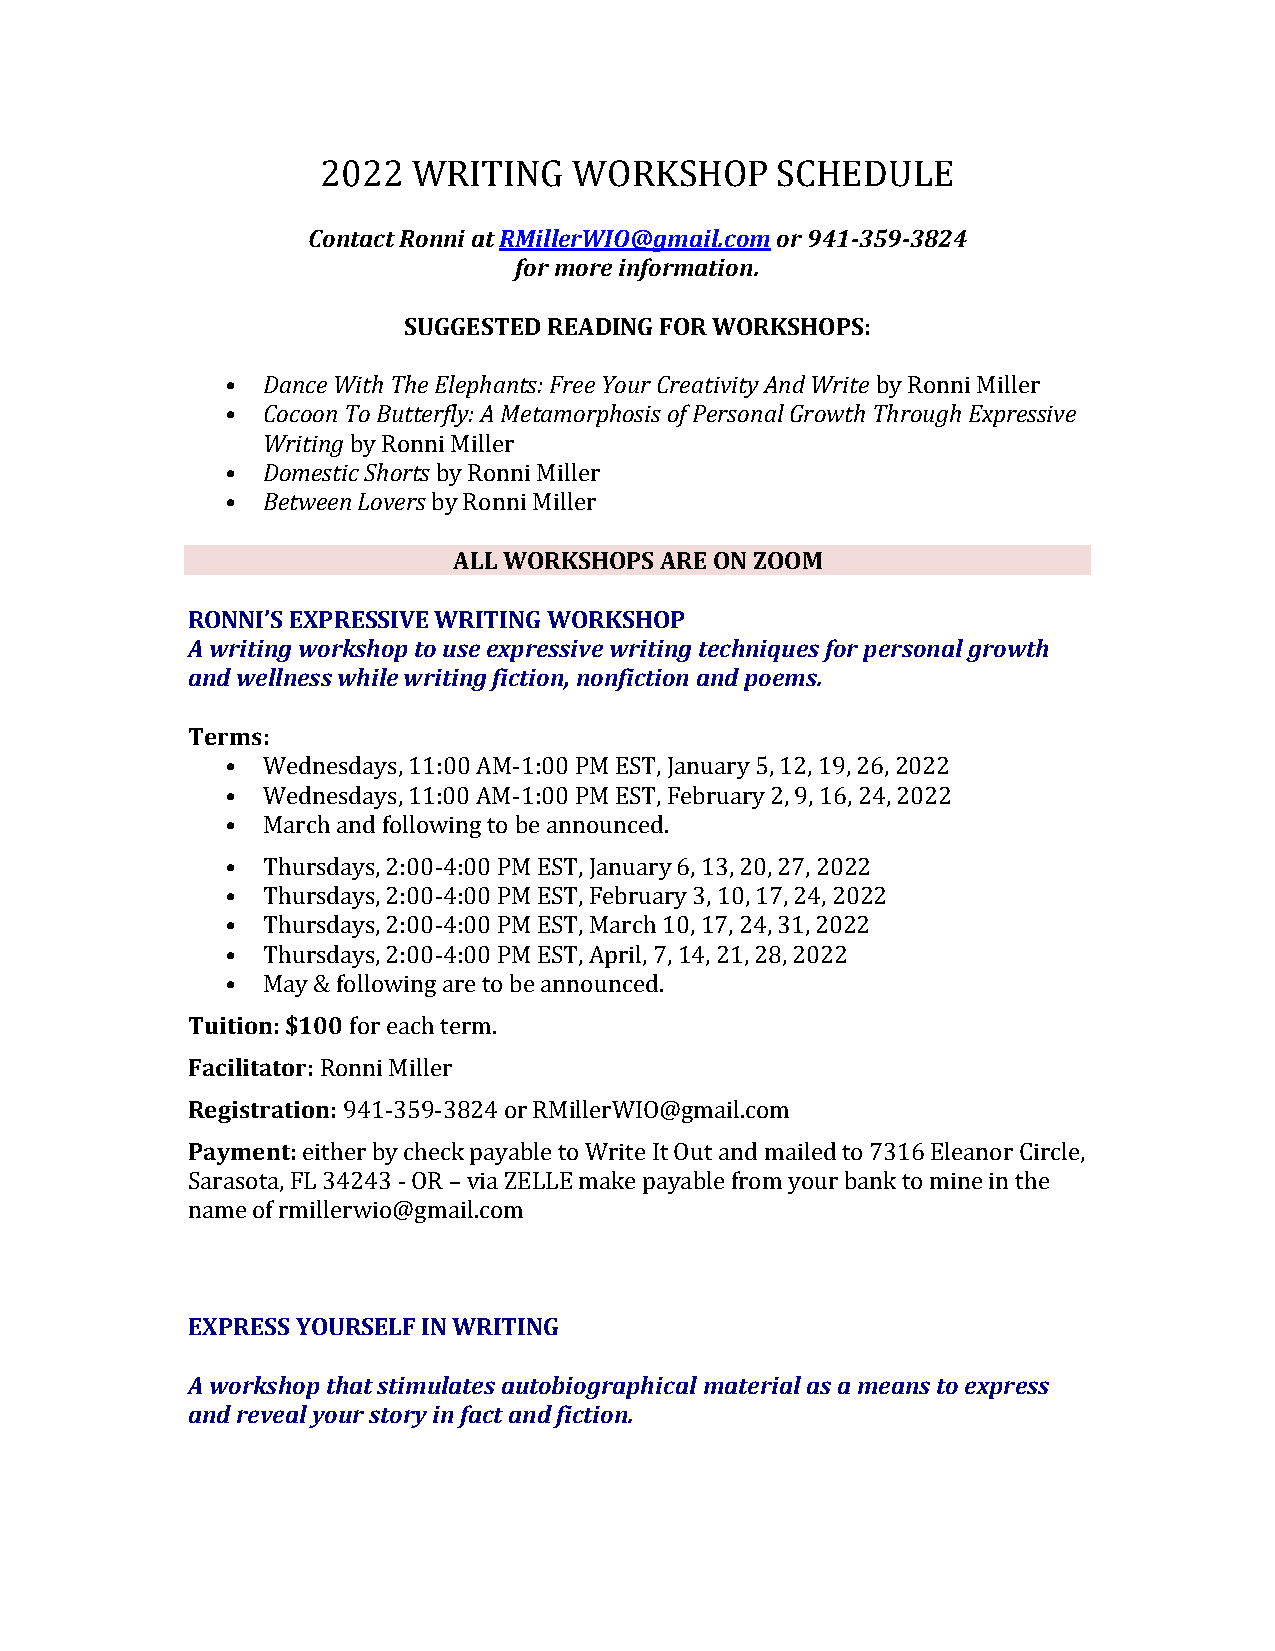
2022  WRITING    WORKSHOP     SCHEDULE
 Contact Ronni at RMillerWIO@gmail.com or 941-359-3824
 for more information.
 SUGGESTED READING FOR WORKSHOPS:
 • Dance With The Elephants: Free Your Creativity And Write by Ronni Miller
 • Cocoon To Butterfly: A Metamorphosis of Personal Growth Through Expressive
 Writing by Ronni Miller
 • Domestic Shorts by Ronni Miller
 • Between Lovers by Ronni Miller
 ALL WORKSHOPS ARE ON ZOOM
 RONNI’S EXPRESSIVE WRITING WORKSHOP
 A writing workshop to use expressive writing techniques for personal growth
 and wellness while writing fiction, nonfiction and poems.
 Terms:
 • Wednesdays, 11:00 AM-1:00 PM EST, January 5, 12, 19, 26, 2022
 • Wednesdays, 11:00 AM-1:00 PM EST, February 2, 9, 16, 24, 2022
 • March and following to be announced.
 • Thursdays, 2:00-4:00 PM EST, January 6, 13, 20, 27, 2022
 • Thursdays, 2:00-4:00 PM EST, February 3, 10, 17, 24, 2022
 • Thursdays, 2:00-4:00 PM EST, March 10, 17, 24, 31, 2022
 • Thursdays, 2:00-4:00 PM EST, April, 7, 14, 21, 28, 2022
 • May & following are to be announced.
 Tuition: $100 for each term.
 Facilitator: Ronni Miller
 Registration: 941-359-3824 or RMillerWIO@gmail.com
 Payment: either by check payable to Write It Out and mailed to 7316 Eleanor Circle,
 Sarasota, FL 34243 - OR – via ZELLE make payable from your bank to mine in the
 name of rmillerwio@gmail.com
 EXPRESS YOURSELF IN WRITING
 A workshop that stimulates autobiographical material as a means to express
 and reveal your story in fact and fiction.